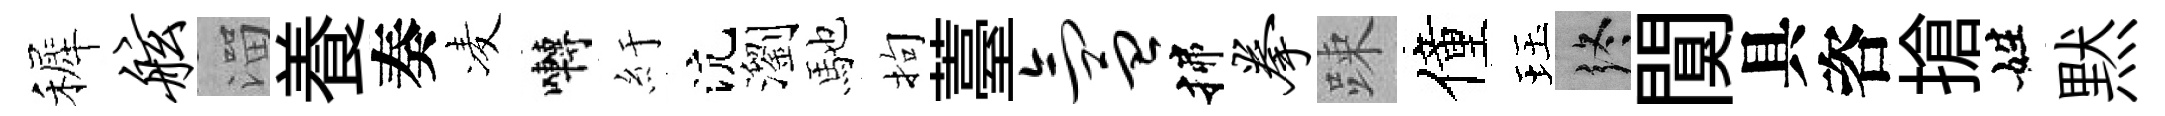
裤舷溜養奏凌囀紆沆瀏馳拘薹氲揲拳踈僮珏终闃具咨搶姓黙